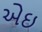
એઇ